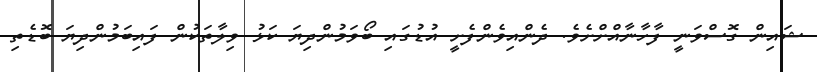
ޝައިން ގޮސްވަނީ ފާހާނާއްށްށެވެ. ދެންއިވެންފެށީ އުޑުގައި ބޯވަމުންދިޔަ ކަޅު ވިލާތަކުން ފައިބަމުންދިޔަ ބޮޑެތި